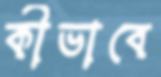
কীভাবে